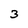
Character: 3